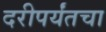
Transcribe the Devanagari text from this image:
दरीपर्यंतचा